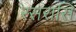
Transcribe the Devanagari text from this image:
रसरासि